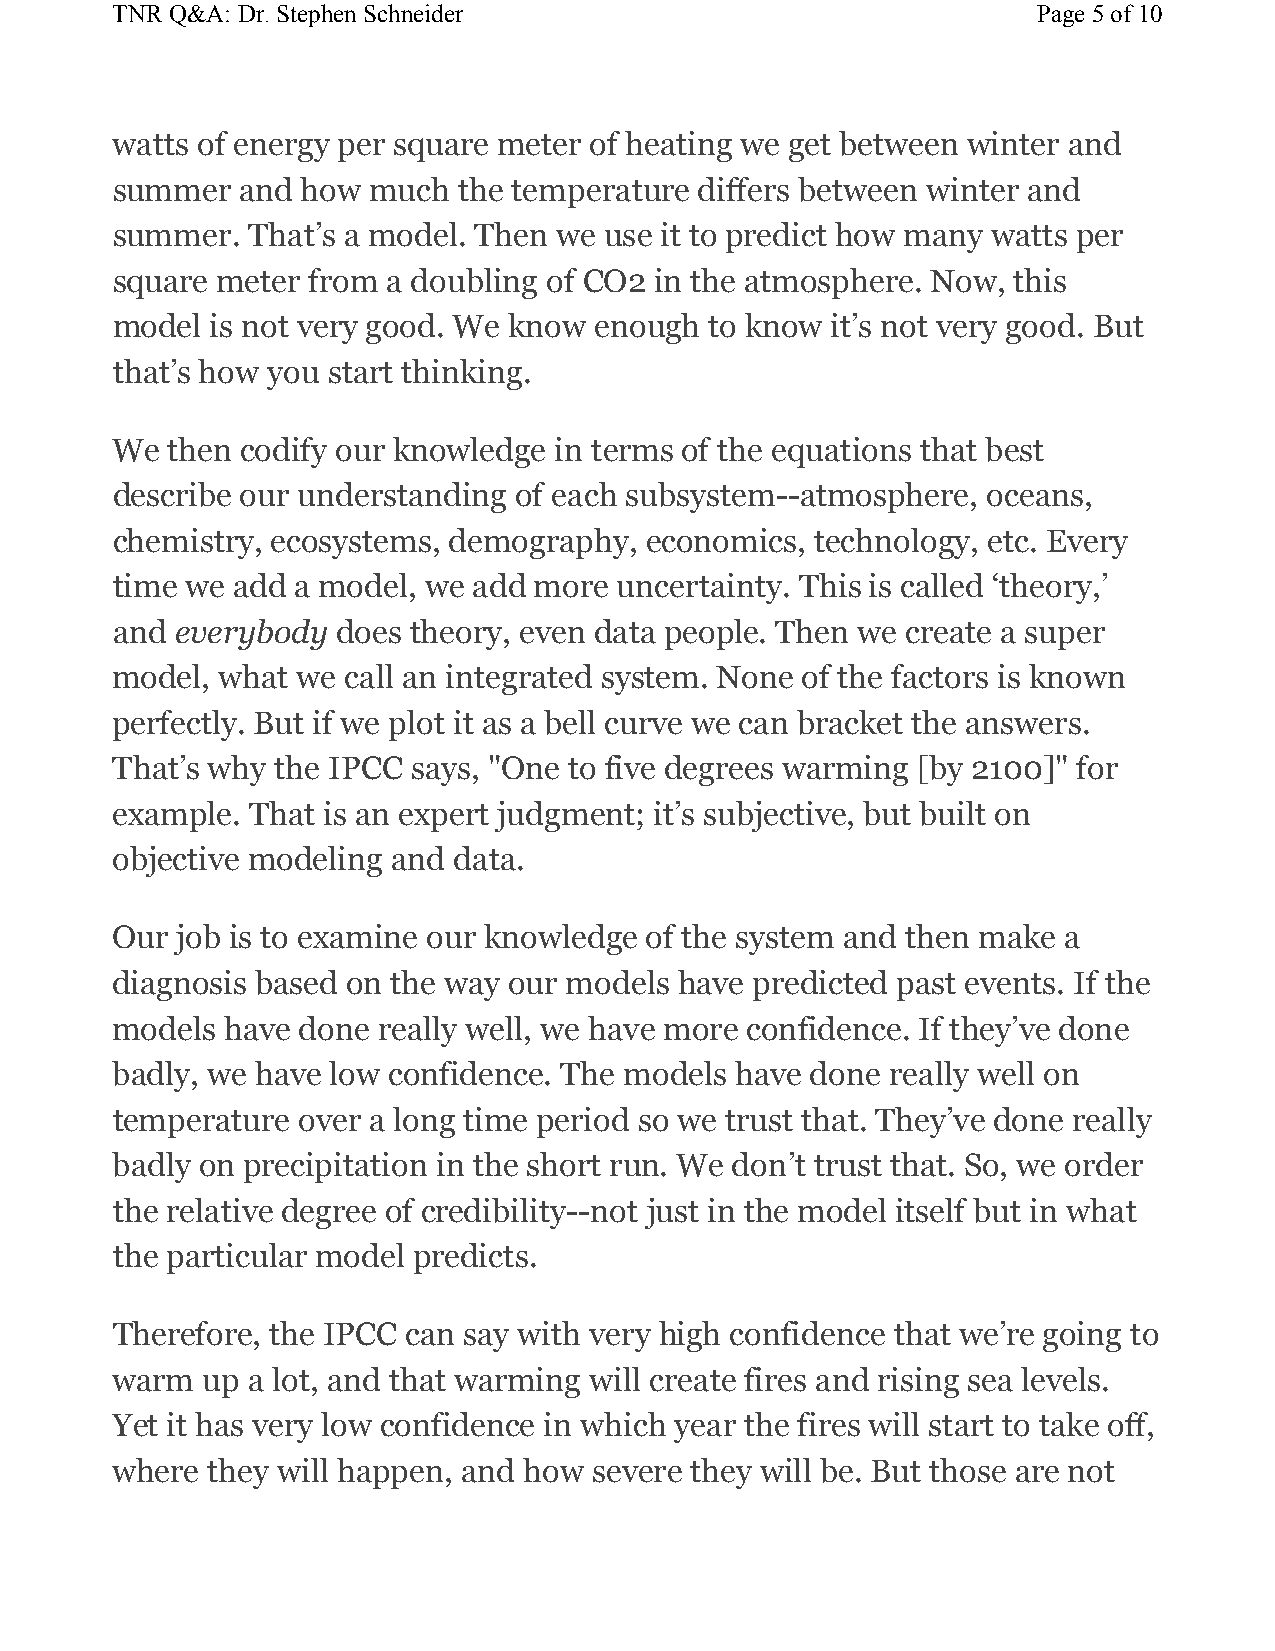
TNR Q&A: Dr. Stephen Schneider                                Page 5of 10
 watts of energy per square meter of heating we get between winter and
 summer   and how much  the temperature differs between winter and
 summer.  That’s a model. Then we use it to predict how many watts per
 square meter from  a doubling of CO2 in the atmosphere. Now, this
 model  is not very good. We know enough to know it’s not very good. But
 that’s how you start thinking.
 We  then codify our knowledge in terms of the equations that best
 describe our understanding of each subsystem--atmosphere, oceans,
 chemistry, ecosystems, demography,  economics, technology, etc. Every
 time we add a model, we add more  uncertainty. This is called ‘theory,’
 and  everybody does theory, even data people. Then we create a super
 model, what  we call an integrated system. None of the factors is known
 perfectly. But if we plot it as a bell curve we can bracket the answers.
 That’s why the IPCC says, "One to five degrees warming [by 2100]" for
 example.  That is an expert judgment; it’s subjective, but built on
 objective modeling and data.
 Our  job is to examine our knowledge of the system and then make a
 diagnosis based on the way our models have predicted past events. If the
 models  have done really well, we have more confidence. If they’ve done
 badly, we have low confidence. The models have done really well on
 temperature  over a long time period so we trust that. They’ve done really
 badly on precipitation in the short run. We don’t trust that. So, we order
 the relative degree of credibility--not just in the model itself but in what
 the particular model predicts.
 Therefore, the IPCC can say with very high confidence that we’re going to
 warm  up a lot, and that warming will create fires and rising sea levels.
 Yet it has very low confidence in which year the fires will start to take off,
 where  they will happen, and how severe they will be. But those are not